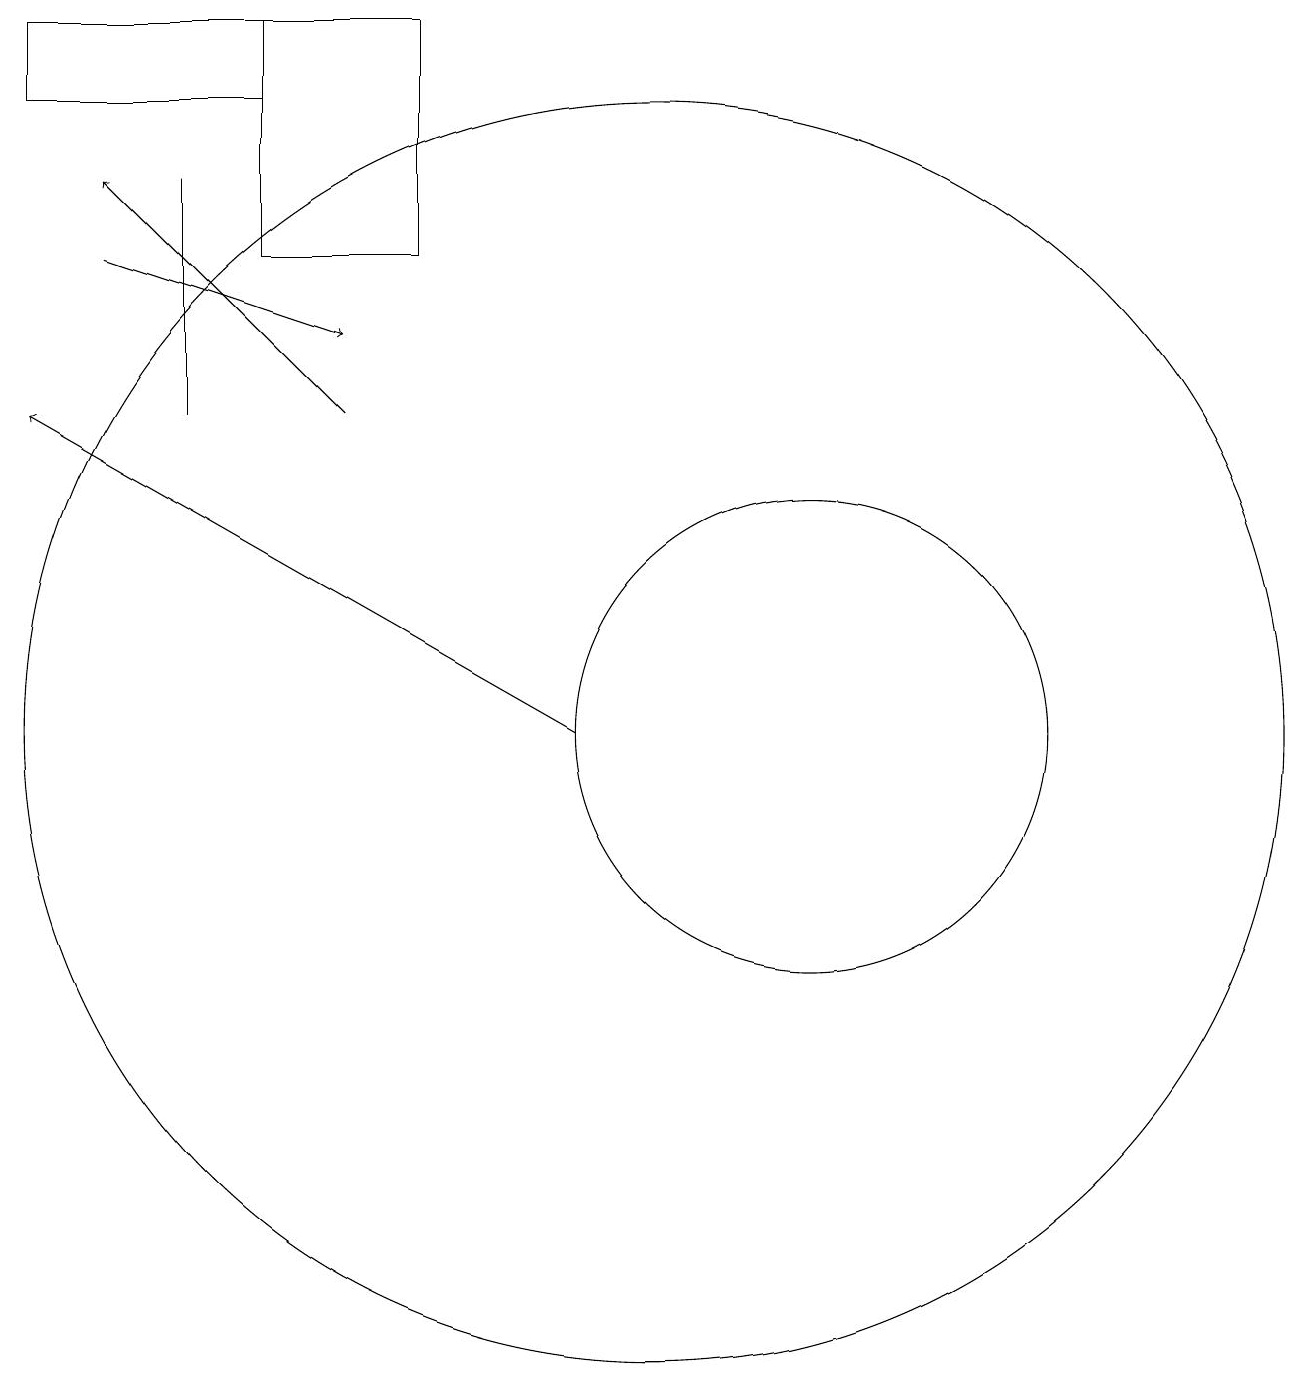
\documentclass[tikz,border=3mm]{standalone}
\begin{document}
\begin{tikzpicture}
\draw (5,18) rectangle (2,19);
\draw[->] (6,14) -- (3,17);
\draw (12,10) circle (3);
\draw[->] (9,10) -- (2,14);
\draw (10,10) circle (8);
\draw (5,19) rectangle (7,16);
\draw (4,14) rectangle (4,17);
\draw[->] (3,16) -- (6,15);
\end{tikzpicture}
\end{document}